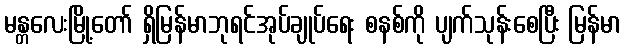
မန္တလေးမြို့တော် ရှိမြန်မာဘုရင်အုပ်ချုပ်ရေး စနစ်ကို ပျက်သုန်းစေပြီး မြန်မာ